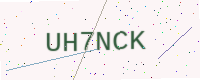
Text: UH7NCK